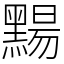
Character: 䵮